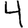
Digit: 4